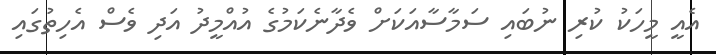
އެއީ މީހަކު ކުރި ނުބައި ސަމާސާއަކަށް ވެދާނެކަމުގެ އުއްމީދު އަދި ވެސް އެހިތުގައި